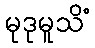
မုဒုမူသိံ